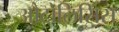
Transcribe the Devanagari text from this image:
औटोलिसिंस